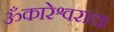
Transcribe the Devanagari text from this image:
ॐकारेश्वराचा